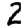
Digit: 2